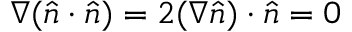
\nabla ( \widehat { n } \cdot \widehat { n } ) = 2 ( \nabla \widehat { n } ) \cdot \widehat { n } = 0